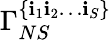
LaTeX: \Gamma_{NS}^{\lbrace\mathbf{i}_{1}\mathbf{i}_{2}\ldots\mathbf{i}_{S}\rbrace}